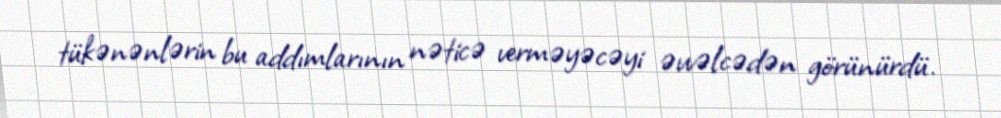
tükənənlərin bu addımlarının nəticə verməyəcəyi əvvəlcədən görünürdü.